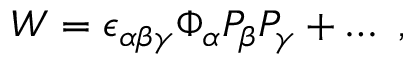
{ \cal W } = \epsilon _ { \alpha \beta \gamma } \Phi _ { \alpha } P _ { \beta } P _ { \gamma } + \dots ~ ,